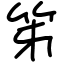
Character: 笫